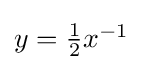
{\textstyle y={\tfrac {1}{2}}x^{-1}}